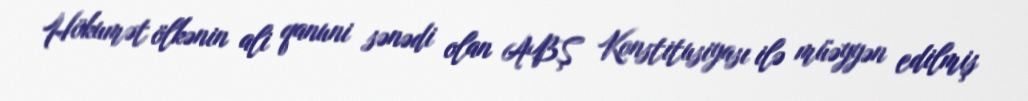
Hökumət ölkənin ali qanuni sənədi olan ABŞ Konstitusiyası ilə müəyyən edilmiş